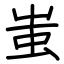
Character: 蚩